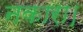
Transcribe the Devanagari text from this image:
नकारा।